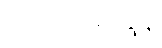
ကလေးတွေနဲ့